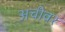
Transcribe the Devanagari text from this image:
अचीवर